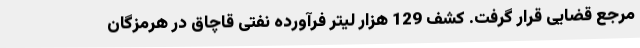
مرجع قضایی قرار گرفت. کشف 129 هزار لیتر فرآورده نفتی قاچاق در هرمزگان